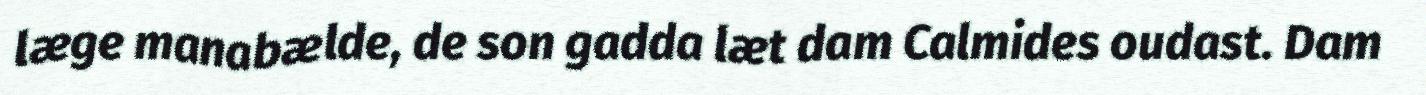
læge manabælde, de son gadda læt dam Calmides oudast. Dam